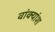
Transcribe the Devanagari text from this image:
वांक्यांश